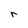
Character: r